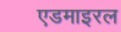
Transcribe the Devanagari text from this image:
एडमाइरल